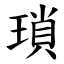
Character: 瑣